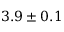
3 . 9 \pm 0 . 1